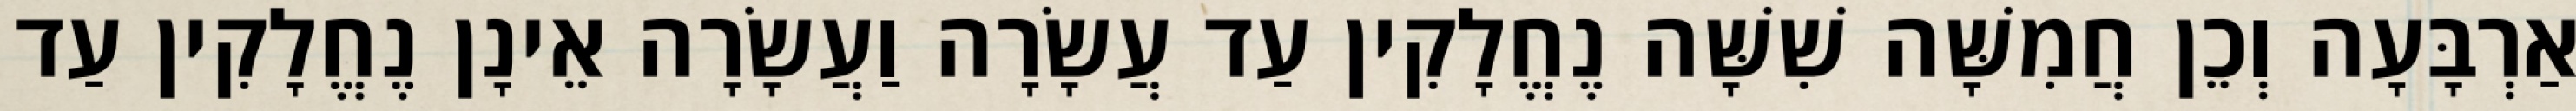
אַרְבָּעָה וְכֵן חֲמִשָּׁה שִׁשָּׁה נֶחֱלָקִין עַד עֲשָׂרָה וַעֲשָׂרָה אֵינָן נֶחֱלָקִין עַד